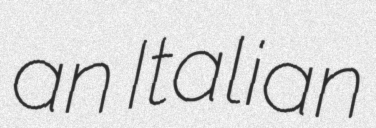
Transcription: an Italian